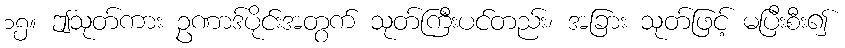
၁၅။ ဤသုတ်ကား ဥဏာဒ်ပိုင်းအတွက် သုတ်ကြီးပင်တည်း၊ အခြား သုတ်ဖြင့် မပြီးစီး၍